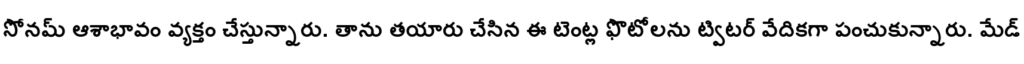
సోనమ్ ఆశాభావం వ్యక్తం చేస్తున్నారు. తాను తయారు చేసిన ఈ టెంట్ల ఫొటోలను ట్విటర్ వేదికగా పంచుకున్నారు. మేడ్